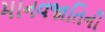
માનવજાતિની